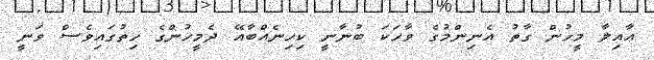
ޢާއިލާ މީހުން ގާތު އެނިންމުގެ ވާހަކަ ބުނާނީ ކިހިނެއްބާއޭ ދެމީހުންގެ ހިތުގައިވެސް ވަނީ